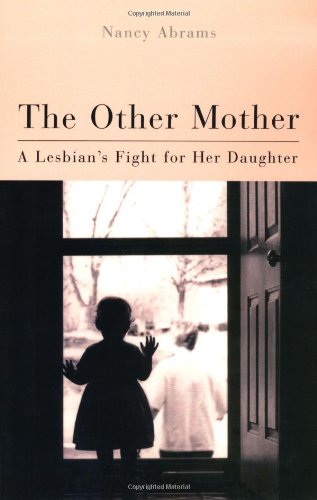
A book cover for The Other Mother: A Lesbian'S Fight For Her Daughter (Living Out: Gay and Lesbian Autobiographies); Nancy Abrams; Gay & Lesbian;